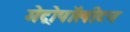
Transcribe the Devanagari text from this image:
मेट्रोपॉलीटन